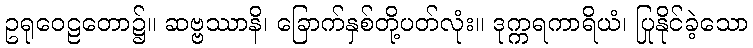
ဥရုဝေဠတော၌။ ဆဗ္ဗဿာနိ၊ ခြောက်နှစ်တို့ပတ်လုံး။ ဒုက္ကရကာရိယံ၊ ပြုနိုင်ခဲ့သော